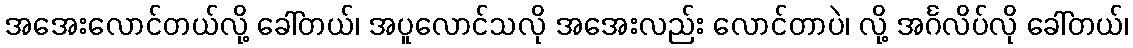
အအေးလောင်တယ်လို့ ခေါ်တယ်၊ အပူလောင်သလို အအေးလည်း လောင်တာပဲ၊ လို့ အင်္ဂလိပ်လို ခေါ်တယ်၊